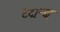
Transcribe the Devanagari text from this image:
टेट्रान्ड्रा